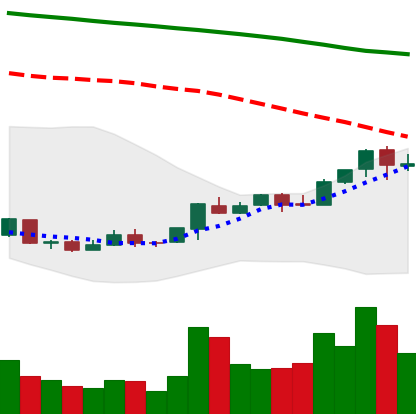
Ticker: ETC-USD
Chart end date: 2018-04-22
Forward return: 9.405%
Label: up_7plus